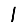
Digit: 1